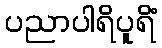
ပညာပါရိပူရိံ